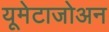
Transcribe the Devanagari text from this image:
यूमेटाजोअन